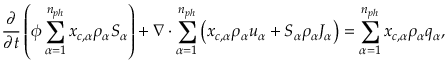
\frac { \partial } { \partial t } \left( \phi \sum _ { \alpha = 1 } ^ { n _ { p h } } { x _ { c , \alpha } \rho _ { \alpha } S _ { \alpha } } \right) + \nabla \cdot \sum _ { \alpha = 1 } ^ { n _ { p h } } \left( { x _ { c , \alpha } \rho _ { \alpha } u _ { \alpha } } + S _ { \alpha } \rho _ { \alpha } J _ { \alpha } \right) = \sum _ { \alpha = 1 } ^ { n _ { p h } } { x _ { c , \alpha } \rho _ { \alpha } q _ { \alpha } } ,